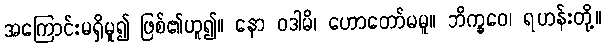
အကြောင်းမရှိမူ၍ ဖြစ်၏ဟူ၍။ နော ဝဒါမိ၊ ဟောတော်မမူ။ ဘိက္ခဝေ၊ ရဟန်းတို့။